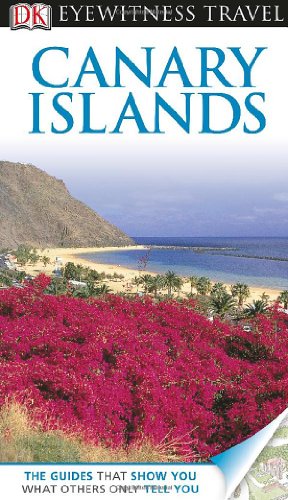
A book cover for DK Eyewitness Travel Guide: Canary Islands; Travel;